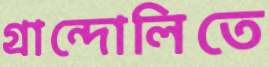
গ্রান্দোলিতে